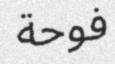
فوحة